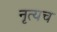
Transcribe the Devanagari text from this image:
नृत्यच